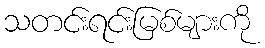
သတင်းရင်းမြစ်များကို